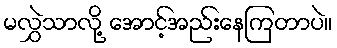
မလွှဲသာလို့ အောင့်အည်းနေကြတာပဲ။